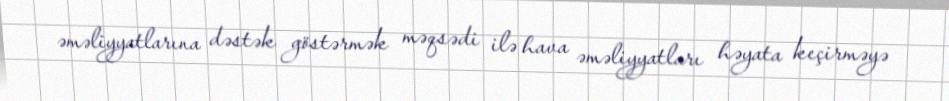
əməliyyatlarına dəstək göstərmək məqsədi ilə hava əməliyyatları həyata keçirməyə